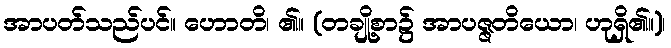
အာပတ်သည်ပင်။ ဟောတိ၊ ၏။ (တချို့စာ၌ အာပဇ္ဇတိယော၊ ဟုရှိ၏။)၊